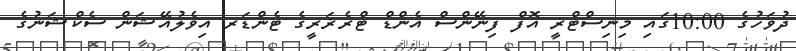
ދުވަހުގެ 10:00ގައި މިނިސްޓްރީ އޮފް ފިނޭންސް އެންޑް ޓްރެޜަރީގެ ޓެންޑަރ އިވެލުއޭޝަން ސެކްޝަނުގެ